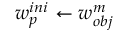
w _ { p } ^ { i n i } \leftarrow w _ { o b j } ^ { m }